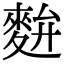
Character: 𪌚